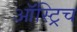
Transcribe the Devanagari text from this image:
ऑस्ट्रिच